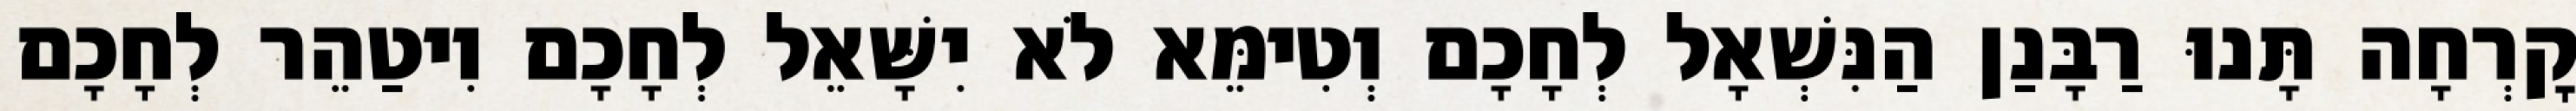
קׇרְחָה תָּנוּ רַבָּנַן הַנִּשְׁאָל לְחָכָם וְטִימֵּא לֹא יִשָּׁאֵל לְחָכָם וִיטַהֵר לְחָכָם